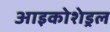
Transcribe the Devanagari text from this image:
आइकोशेड्रल